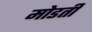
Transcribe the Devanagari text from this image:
मोडती